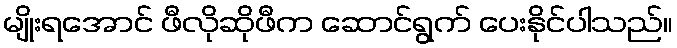
မျိုးရအောင် ဖီလိုဆိုဖီက ဆောင်ရွက် ပေးနိုင်ပါသည်။